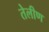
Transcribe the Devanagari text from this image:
तेलीण